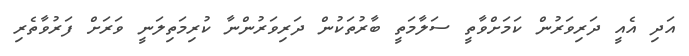
އަދި އެއީ ދަރިވަރުން ކަމަށްވާތީ ސަލާމަތީ ބާރުތަކުން ދަރިވަރުންނާ ކުރިމަތިލަނީ ވަރަށް ފަރުވާތެރި